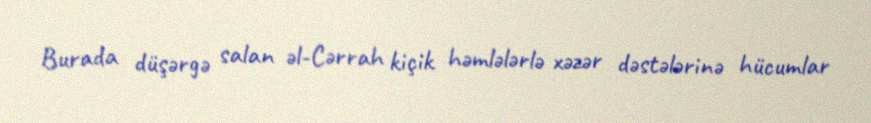
Burada düşərgə salan əl-Cərrah kiçik həmlələrlə xəzər dəstələrinə hücumlar